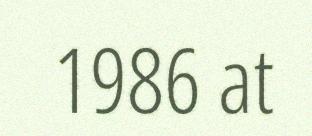
1986 at